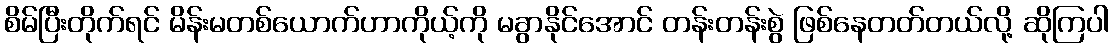
စိမ်ပြီးတိုက်ရင် မိန်းမတစ်ယောက်ဟာကိုယ့်ကို မခွာနိုင်အောင် တန်းတန်းစွဲ ဖြစ်နေတတ်တယ်လို့ ဆိုကြပါ